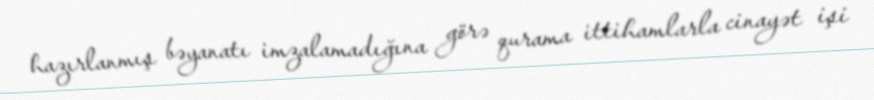
hazırlanmış bəyanatı imzalamadığına görə qurama ittihamlarla cinayət işi